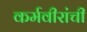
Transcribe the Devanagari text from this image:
कर्मवीरांची